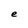
Character: e